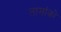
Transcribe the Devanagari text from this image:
तामांको